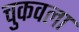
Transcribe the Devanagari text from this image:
चुकवला